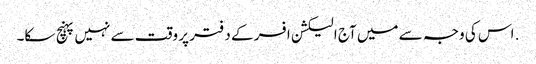
. اس کی وجہ سے میں آج الیکشن افسر کے دفتر پر وقت سے نہیں پہنچ سکا۔